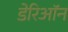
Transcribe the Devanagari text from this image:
डेरिऑन